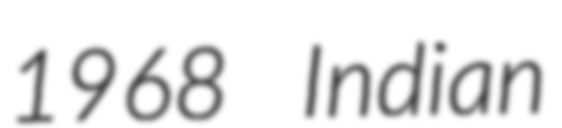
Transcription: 1968 Indian